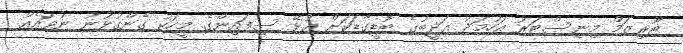
ޓޫރިޒަމް މިނިސްޓަރު އަހުމަދު އަދީބުގެ ބޮޑީގާޑަކަށް އުޅޭ ސިފައިންގެ މީހަކު ގެންގުޅުނު ނުވައެއް